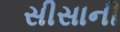
સીસાની